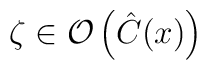
\zeta \in \mathcal{O}\left( \hat{C}(x)\right)